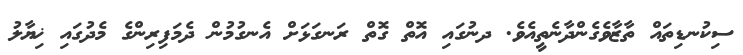
ސިކުނޑިތައް ތާޒާވެގެންދާނެތީއެވެ. ދނުގައި އޮތް ގޮތް ރަނގަޅަށް އެނގުމުން ދެމަފިރިންގެ މެދުގައި ޚިޔާލު